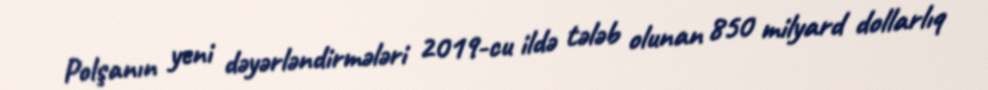
Polşanın yeni dəyərləndirmələri 2019-cu ildə tələb olunan 850 milyard dollarlıq